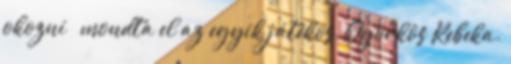
okozni – mondta el az egyik játékos, Györkös Rebeka.